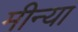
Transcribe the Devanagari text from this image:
मीन्या